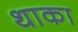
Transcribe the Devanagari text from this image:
थाका